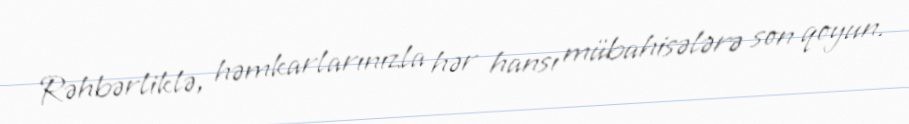
Rəhbərliklə, həmkarlarınızla hər hansı mübahisələrə son qoyun.